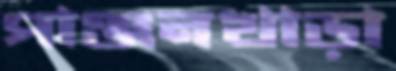
পাঞ্জনখাড়া